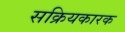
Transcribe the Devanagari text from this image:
सक्रियकारक